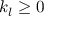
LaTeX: k _ { l } \geq 0